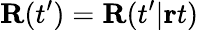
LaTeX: {\mathbf R}(t^{\prime})={\mathbf R}(t^{\prime}|{\mathbf r}t)